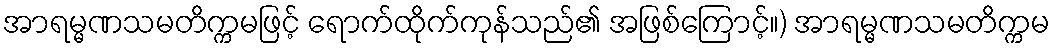
အာရမ္မဏသမတိက္ကမဖြင့် ရောက်ထိုက်ကုန်သည်၏ အဖြစ်ကြောင့်။) အာရမ္မဏသမတိက္ကမ